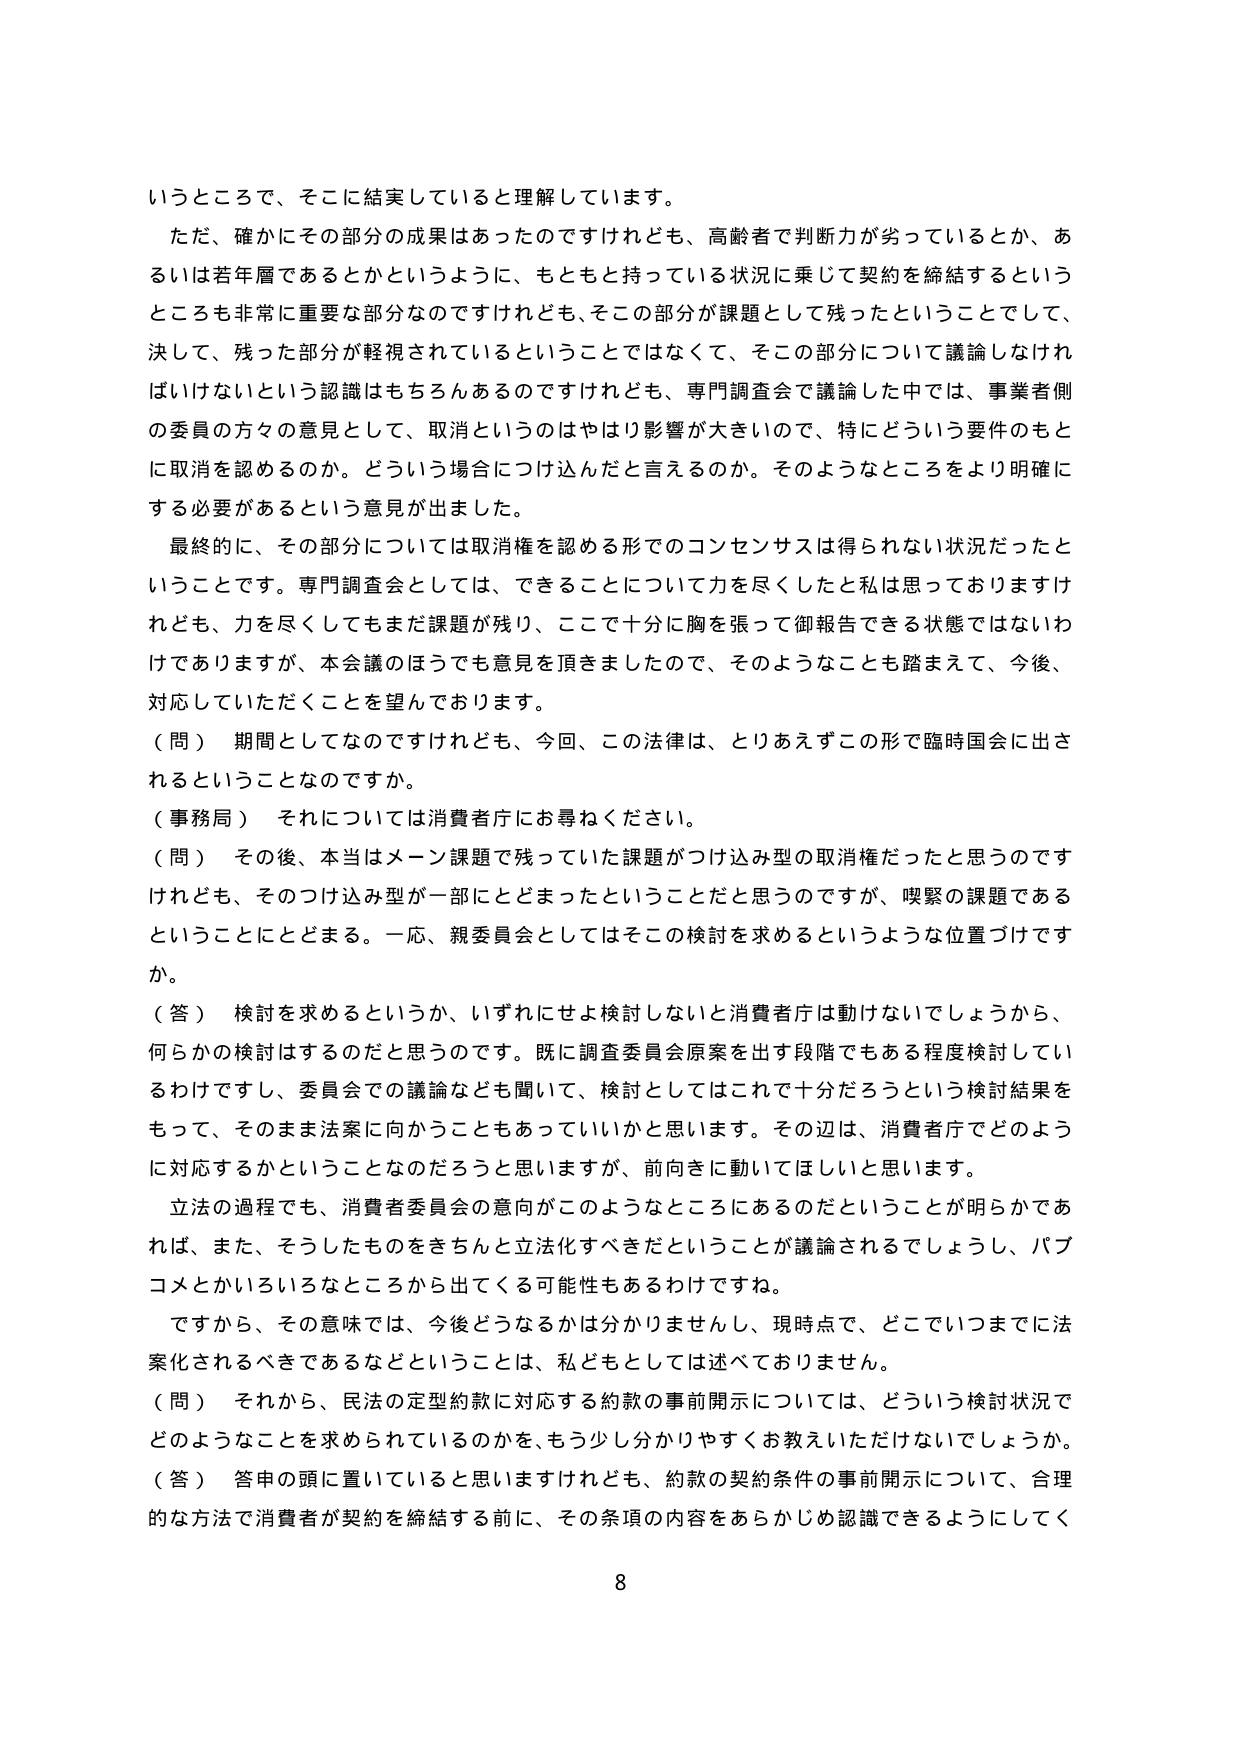
いうところで、そこに結実していると理解しています。
ただ、確かにその部分の成果はあったのですけれども、高齢者で判断力が劣っているとか、あるいは若年層であるとかというように、もともと持っている状況に乗じて契約を締結するというところも非常に重要な部分なのですけれども、そこの部分が課題として残ったということでして、決して、残った部分が軽視されているということではなくて、そこの部分について議論しなければいけないという認識はもちろんなあるのですけれども、専門調査会で議論した中では、事業者側の委員の方々の意見として、取消というのはやはり影響が大きいので、特にどういう要件のもとに取消を認めるのか。どういう場合につけ込んだと言えるのか。そのようなところをより明確にする必要があるという意見が出ました。
最終的に、その部分については取消権を認める形でのコンセンサスは得られない状況だったということです。専門調査会としては、できることについて力を尽くしたと私は思っておりますけれども、力を尽くしてもまだ課題が残り、ここで十分に胸を張って御報告できる状態ではないわけありますが、本会議のほうでも意見を頂きましたので、そのようなことも踏まえて、今後、対応していただくことを望んでおります。
（問） 期間としてなのですがけれども、今回、この法律は、とりあえずこの形で臨時国会に出されるということなのですか。
（事務局） それについては消費者庁にお尋ねください。
（問） その後、本当はメイン課題で残っていた課題がつけ込み型の取消権だったと思うのですけれども、そのつけ込み型が一部にとどまったということだと思うのですが、喫緊の課題であるということにとどまる。一応、親委員会としてはそこの検討を求めるというような位置づけですか。
（答） 検討を求めるというか、いずれにせよ検討しないと消費者庁は動けないでしょうから、何らかの検討はするのだと思うのです。既に調査委員会原案を出す段階でもある程度検討しているわけですし、委員会での議論なども聞いて、検討としてはこれで十分だろうという検討結果をもって、そのまま法案に向かうこともあるといいと思います。その辺は、消費者庁でどのように対応するかということなのだろうと思いますが、前向きに動いてほしいと思います。
立法の過程でも、消費者委員会の意向がこのようなところにあるのだということが明らかであれば、また、そうしたものをきちんと立法化すべきだということが議論されるでしょうし、パブコメとかいろいろなところから出てくる可能性もあるわけですね。
ですから、その意味では、今後どうなるかは分かりませんし、現時点で、どこでいつまでに法案化されるべきであるなどということは、私どもとしては述べておりません。
（問） それから、民法の定型約款に対応する約款の事前開示については、どういう検討状況でどのようなことを求められているのかを、もう少し分かりやすくお教えいただけないでしょうか。
（答） 答申の頭に置いていると思いますけれども、約款の契約条件の事前開示について、合理的な方法で消費者が契約を締結する前に、その条項の内容をあらかじめ認識できるようにしてく
8